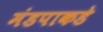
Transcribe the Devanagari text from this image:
मंडपाकडे